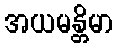
အယမန္တိမာ